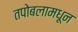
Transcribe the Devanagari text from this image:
तपोबलामधून